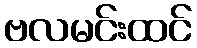
ဗလမင်းထင်